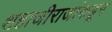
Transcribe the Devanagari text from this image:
शहाजीराजांकडून